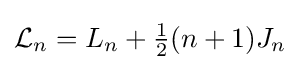
{\textstyle {\mathcal {L}}_{n}=L_{n}+{1 \over 2}(n+1)J_{n}}